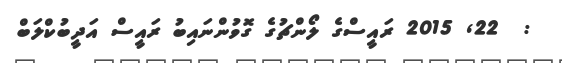
:  22